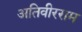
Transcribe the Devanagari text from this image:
अतिवीरराम